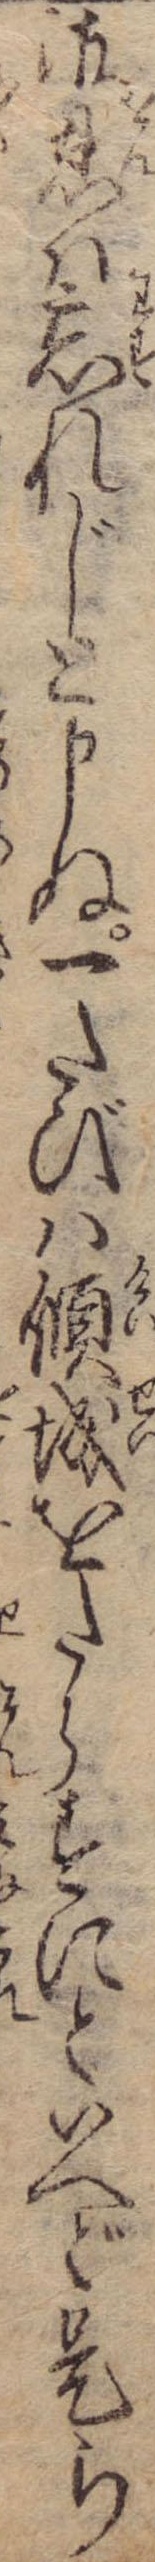
御恩は忘れじと申ぬ一たびは傾城をたらすにといへど是ら